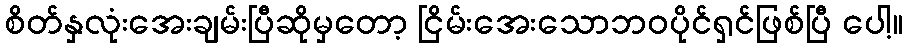
စိတ်နှလုံးအေးချမ်းပြီဆိုမှတော့ ငြိမ်းအေးသောဘဝပိုင်ရှင်ဖြစ်ပြီ ပေါ့။